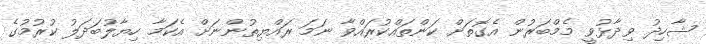
ޝާހިދު ވިދާޅުވީ މެމްބަރުން އެގޮތަށް ކަންތައްކުރައްވާ ނަމަ ރައްޔިތުންނަށް އެކަމާ ހިޔާލުބަދަލު ކުރުމުގެ